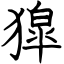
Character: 獋